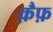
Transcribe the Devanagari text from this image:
क़ैफ़